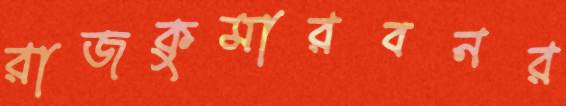
রাজকুমারবনর